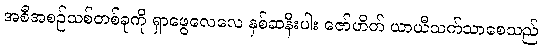
အစီအစဉ်သစ်တစ်ခုကို ရှာဖွေလေလေ နှစ်ဆနီးပါး ဇော်ဟိတ် ယာယီသက်သာစေသည်